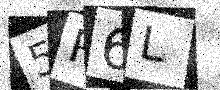
Text: 5R6L